Sanitation, dispensaries and jails vaccination Rajputana 1922-1927 - 1922-1927
Year: 1922
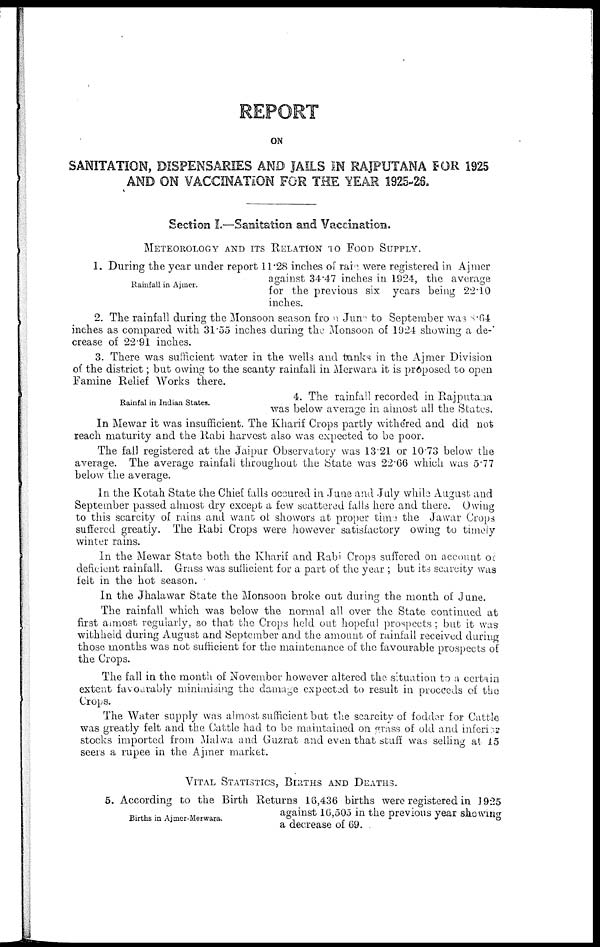
REPORT
ON
SANITATION, DISPENSARIES AND JAILS IN RAJPUTANA FOR 1925
AND ON VACCINATION FOR THE YEAR 1925-26.
Section I.—Sanitation and Vaccination.
METEOROLOGY AND ITS RELATION TO FOOD SUPPLY.
Rainfall in Ajmer.
1. During the year under report 11.28 inches of rain were registered in Ajmer
against 34.47 inches in 1924, the average
for the previous six years being 22.10
inches.
2. The rainfall during the Monsoon season from June to September was 8.64
inches as compared with 31.55 inches during the. Monsoon of 1924 showing a de-
crease of 22.91 inches.
3. There was sufficient water in the wells and tanks in the Ajmer Division
of the district; but owing to the scanty rainfall in Merwara it is proposed to open
Famine Relief Works there.
Rainfal in Indian States.
4. The rainfall recorded in Rajputana
was below average in almost all the States.
In Mewar it was insufficient. The Kharif Crops partly withered and did not
reach maturity and the Rabi harvest also was expected to be poor.
The fall registered at the Jaipur Observatory was 13.21 or 10.73 below the
average. The average rainfall throughout the State was 22.66 which was 5.77
below the average.
In the Kotah State the Chief falls occured in June and July while August and
September passed almost dry except a few scattered falls here and there. Owing
to this scarcity of rains and want of showers at proper time the Jawar Crops
suffered greatly. The Rabi Crops were however satisfactory owing to timely
winter rains.
In the Mewar State both the Kharif and Rabi Crops suffered on account of
deficient rainfall. Grass was sufficient for a part of the year ; but its scarcity was
felt in the hot season.
In the Jhalawar State the Monsoon broke out during the month of June.
The rainfall which was below the normal all over the State continued at
first almost regularly, so that the Crops held out hopeful prospects ; but it was
withheld during August and September and the amount of rainfall received during
those months was not sufficient for the maintenance of the favourable prospects of
the Crops.
The fall in the month of November however altered the situation to a certain
extent favourably minimising the damage expected to result in proceeds of the
Crops.
The Water supply was almost sufficient but the scarcity of fodder for Cattle
was greatly felt and the Cattle had to be maintained on grass of old and inferior
stocks imported from Malwa and Guzrat and even that stuff was selling at 15
seers a rupee in the Ajmer market.
VITAL STATISTICS, BIRTHS AND DEATHS.
Births in Ajmer-Merwara.
5. According to the Birth Returns 16,436 births were registered in 1925
against 16,505 in the previous year showing
a decrease of 69. .